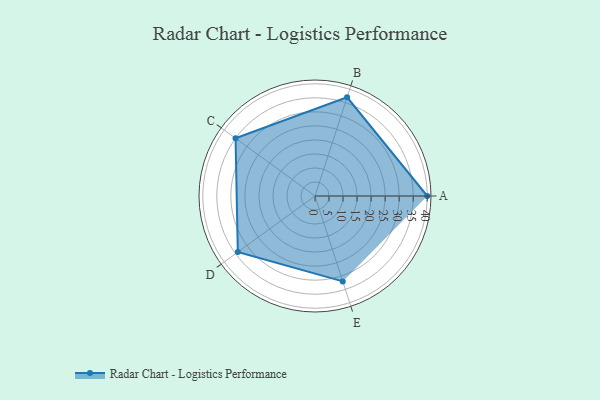
{"axis": {"x": "Skill", "y": "Score"}, "legend": ["Profile"], "data": [{"x": "A", "y": 40.0, "type": "Profile"}, {"x": "B", "y": 37.0, "type": "Profile"}, {"x": "C", "y": 35.0, "type": "Profile"}, {"x": "D", "y": 34.0, "type": "Profile"}, {"x": "E", "y": 32.0, "type": "Profile"}]}